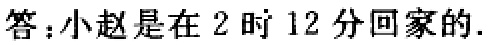
答：小赵是在 2 时 12 分回家的.